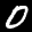
Label: 0